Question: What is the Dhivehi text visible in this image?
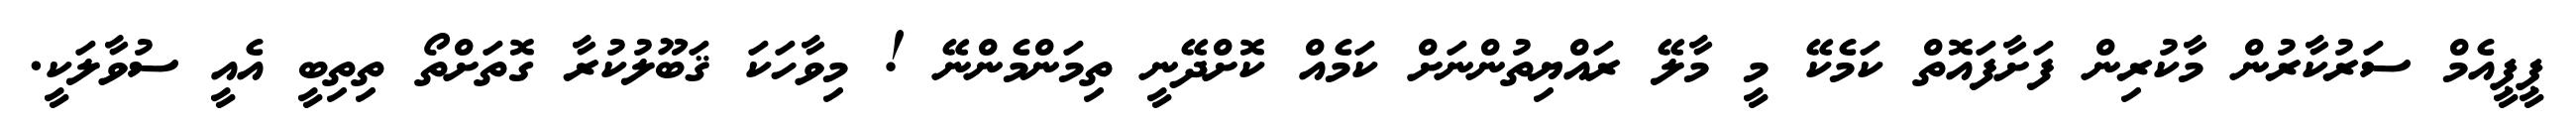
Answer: ޕީޕީއެމް ސަރުކާރުން މާކުރިން ފަށާފައޮތް ކަމެކޭ މީ މާލޭ ރައްޔިތުންނަށް ކަމެއް ކޮށްދޭނީ ތިމަންމެންނޭ ! މިވާހަކަ ޤަބޫލުކުރާ ގޮތަށްތޯ ތިތިބީ އެއީ ސުވާލަކީ.